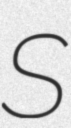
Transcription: S